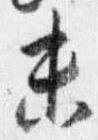
未